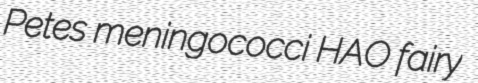
Petes meningococci HAO fairy